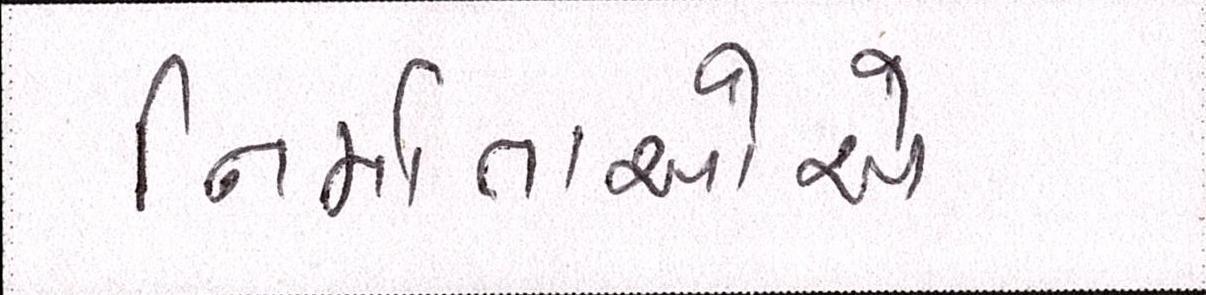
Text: નિર્માતાઓએ